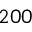
2 0 0